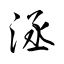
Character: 洆